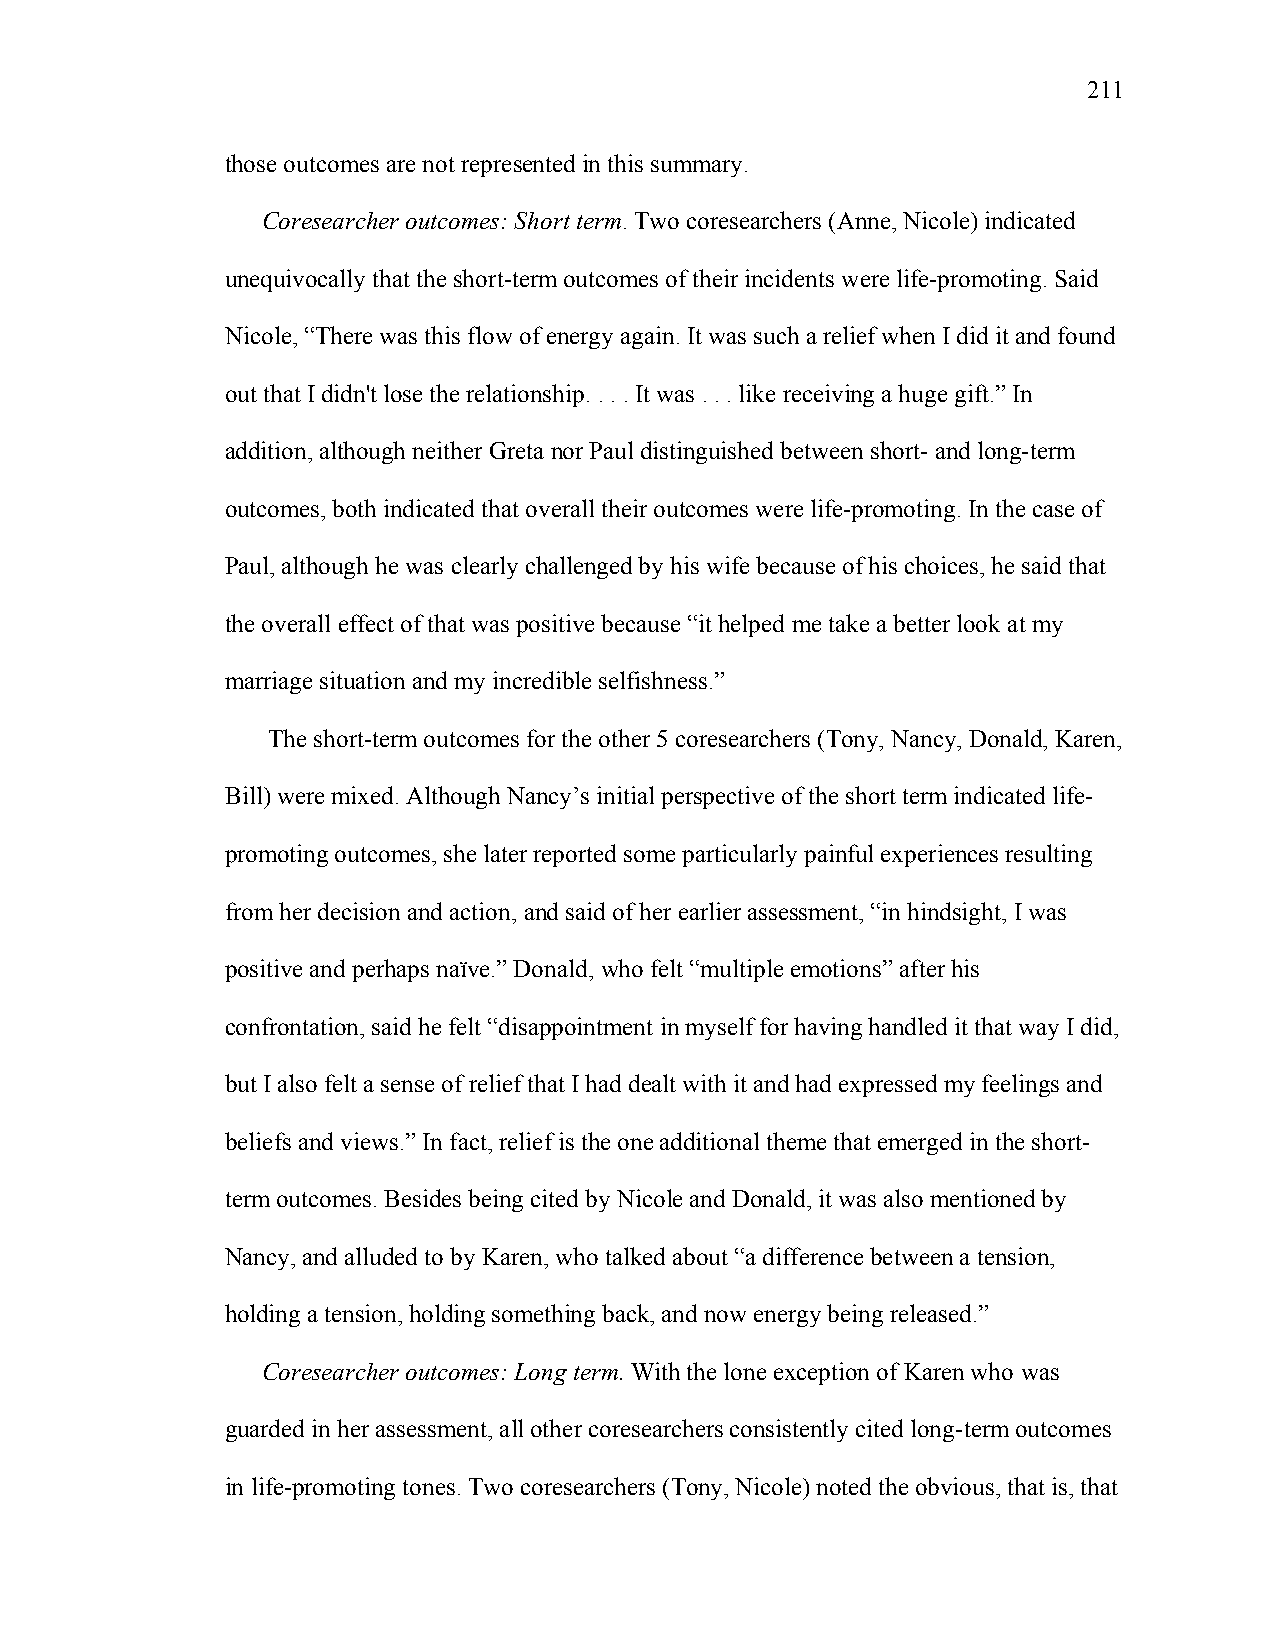
211
 those outcomes are not represented in this summary.
 Coresearcher outcomes: Short term. Two coresearchers (Anne, Nicole) indicated
 unequivocally that the short-term outcomes of their incidents were life-promoting. Said
 Nicole, “There was this flow of energy again. It was such a relief when I did it and found
 out that I didn't lose the relationship. . . . It was . . . like receiving a huge gift.” In
 addition, although neither Greta nor Paul distinguished between short- and long-term
 outcomes, both indicated that overall their outcomes were life-promoting. In the case of
 Paul, although he was clearly challenged by his wife because of his choices, he said that
 the overall effect of that was positive because “it helped me take a better look at my
 marriage situation and my incredible selfishness.”
 The short-term outcomes for the other 5 coresearchers (Tony, Nancy, Donald, Karen,
 Bill) were mixed. Although Nancy’s initial perspective of the short term indicated life-
 promoting outcomes, she later reported some particularly painful experiences resulting
 from her decision and action, and said of her earlier assessment, “in hindsight, I was
 positive and perhaps naïve.” Donald, who felt “multiple emotions” after his
 confrontation, said he felt “disappointment in myself for having handled it that way I did,
 but I also felt a sense of relief that I had dealt with it and had expressed my feelings and
 beliefs and views.” In fact, relief is the one additional theme that emerged in the short-
 term outcomes. Besides being cited by Nicole and Donald, it was also mentioned by
 Nancy, and alluded to by Karen, who talked about “a difference between a tension,
 holding a tension, holding something back, and now energy being released.”
 Coresearcher outcomes: Long term. With the lone exception of Karen who was
 guarded in her assessment, all other coresearchers consistently cited long-term outcomes
 in life-promoting tones. Two coresearchers (Tony, Nicole) noted the obvious, that is, that